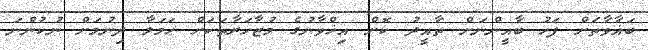
ބަޣާވާތަށް ފަހު ބާޣީންނަށް ތާއީދު ކޮށް އިޚްވާނުގެ މުޒާހަރާތަކަށް ޙަމަލާ ދިނުމަށް ނުކުންނަ